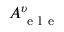
A _ { \mathrm { ~ e ~ l ~ e ~ } } ^ { \upsilon }